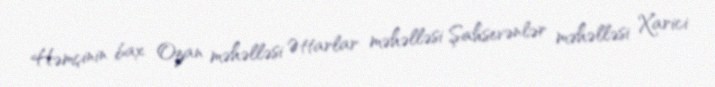
Həmçinin bax Ozan məhəlləsi Əttarlar məhəlləsi Şahsevənlər məhəlləsi Xarici